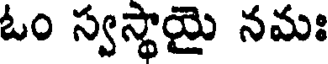
ఓం స్వస్థాయై నమః